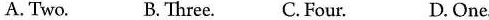
A. Two. B.Three.C. Four. D. One.